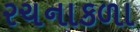
રચનાકળા